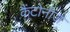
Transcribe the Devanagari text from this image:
कैंटोनीज